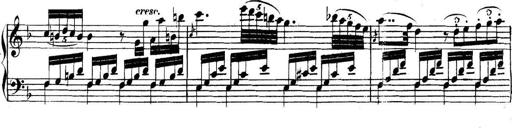
Title: Collected Piano Sonatas
Composer: Muzio Clementi